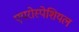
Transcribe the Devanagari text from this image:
एयरोस्पेशियल